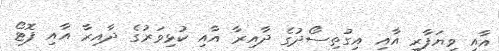
އާއި ވިޔަފާރި އާއި އިގުތިސޯދުގެ ދާއިރާ އާއި ކުޅިވަރުގެ ދާއިރާ އާއި ފޮޓޯ